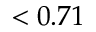
< 0 . 7 1